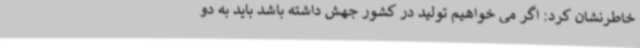
خاطرنشان کرد: اگر می خواهیم تولید در کشور جهش داشته باشد باید به دو